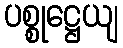
ပစ္စုဋ္ဌေယျ